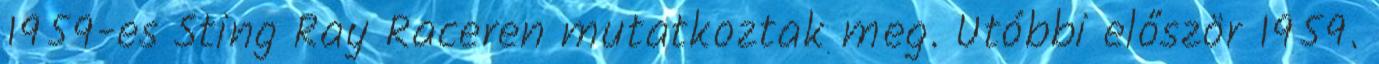
1959-es Sting Ray Raceren mutatkoztak meg. Utóbbi először 1959.